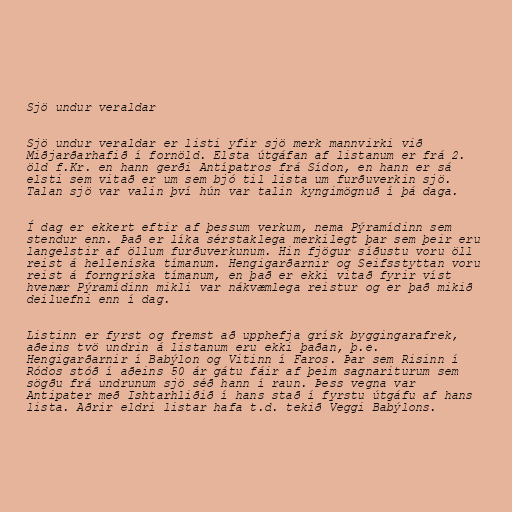
Sjö undur veraldar

Sjö undur veraldar er listi yfir sjö merk mannvirki við
Miðjarðarhafið í fornöld. Elsta útgáfan af listanum er frá 2.
öld f.Kr. en hann gerði Antípatros frá Sídon, en hann er sá
elsti sem vitað er um sem bjó til lista um furðuverkin sjö.
Talan sjö var valin því hún var talin kyngimögnuð í þá daga.

Í dag er ekkert eftir af þessum verkum, nema Pýramídinn sem
stendur enn. Það er líka sérstaklega merkilegt þar sem þeir eru
langelstir af öllum furðuverkunum. Hin fjögur síðustu voru öll
reist á helleníska tímanum. Hengigarðarnir og Seifsstyttan voru
reist á forngríska tímanum, en það er ekki vitað fyrir víst
hvenær Pýramídinn mikli var nákvæmlega reistur og er það mikið
deiluefni enn í dag.

Listinn er fyrst og fremst að upphefja grísk byggingarafrek,
aðeins tvö undrin á listanum eru ekki þaðan, þ.e.
Hengigarðarnir í Babýlon og Vitinn í Faros. Þar sem Risinn í
Ródos stóð í aðeins 50 ár gátu fáir af þeim sagnariturum sem
sögðu frá undrunum sjö séð hann í raun. Þess vegna var
Antipater með Ishtarhliðið í hans stað í fyrstu útgáfu af hans
lista. Aðrir eldri listar hafa t.d. tekið Veggi Babýlons.